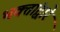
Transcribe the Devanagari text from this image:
भक्तांद्वारे